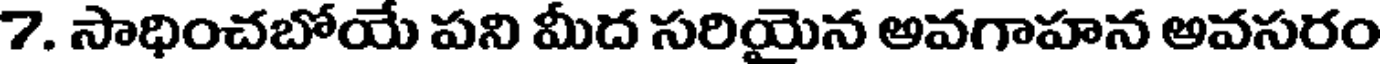
7. సాధించబోయే పని మీద సరియైన అవగాహన అవసరం